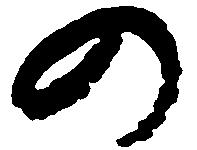
の